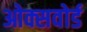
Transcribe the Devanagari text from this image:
ओक्सवोर्ड